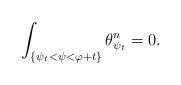
LaTeX: \begin{align*} \int_{\{\psi_t<\psi < \varphi +t\}} \theta_{ \psi_t}^n=0. \end{align*}